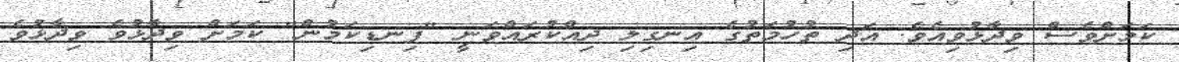
ކަަމަށްވެސް ވިދާޅުވިއެވެ. އަދި ތުހުމަތުގެ އިނގިލި ދިއްކުރައްވަނީ "ފިނޑިކަމުން" ކަމަށް ވިދާޅުވެ ވިދާޅުވެ